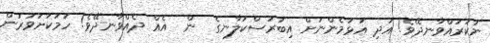
ނުކުރައްވާނދޭވެ! އަދި އަޅަމެންނަށް އިބަރަސްކަލާނގެ  ން  އެއް ދެއްވާނދޭވެ! ހަމަކަށަވަރުން